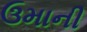
ઉમાની